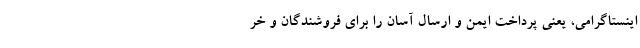
اینستاگرامی، یعنی پرداخت ایمن و ارسال آسان را برای فروشندگان و خر